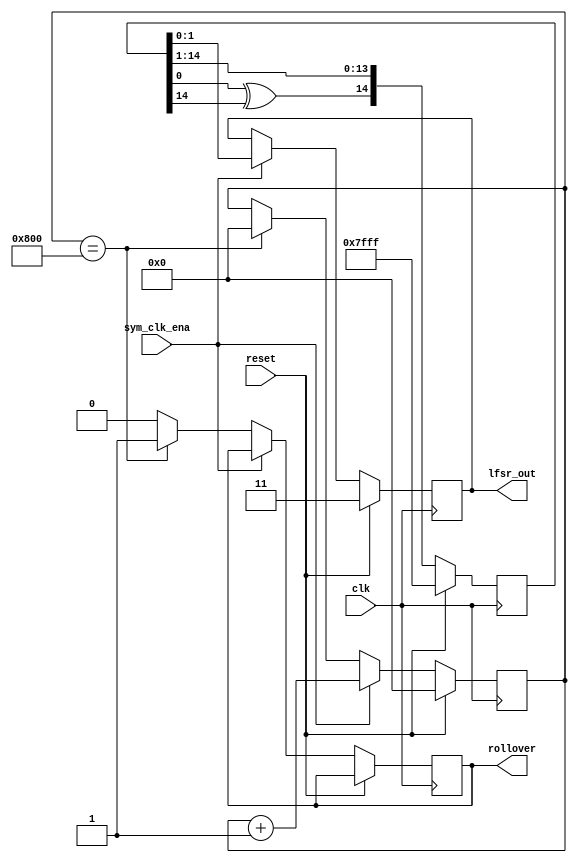
module lfsr_short (
    input clk,
    input reset,
    input sym_clk_ena,
    output reg [1:0] lfsr_out,
    output reg rollover
);
// Two two bit outputs, updated every symbol clock
// Internal state updates on system clock

reg lfsr_feedback;
reg [14:0] lfsr_reg;

//assign rollover = lfsr_reg == 15'H7FFF;
reg [12:0] rollover_count;
always @(posedge clk)
	if(reset)
		rollover_count <= 13'd0;
	else if(sym_clk_ena == 1'b1)
		rollover_count <= rollover_count + 13'd1;
	else if(rollover_count == 13'd2048)
		begin
		rollover <= 1'b1;
		rollover_count <= 13'd0;
		end
	else
		begin
			rollover <= 1'b0;
			rollover_count <= rollover_count;
		end

always @ *
    lfsr_feedback <= lfsr_reg[0] ^ lfsr_reg[14];

always @ (posedge clk)
    if (reset)
        lfsr_reg <= 15'H7FFF;
    else
        lfsr_reg <= {lfsr_feedback, lfsr_reg[14:1]};

reg [6:0] test_counter;
always @ (posedge sym_clk_ena)
    if (reset)
        test_counter <= 1'b0;
    else
        test_counter <= test_counter + 1'b1;


always @ (posedge clk)
    if (reset) begin
        lfsr_out <= 2'b11;
    end
    else if (sym_clk_ena)	// Stimulus input
        lfsr_out <= lfsr_reg[1:0];
endmodule